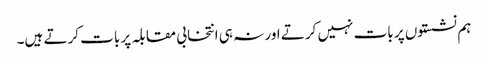
ہم نشستوں پر بات نہیں کرتے اور نہ ہی انتخابی مقابلہ پر بات کرتے ہیں۔